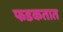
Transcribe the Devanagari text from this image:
फडकतात